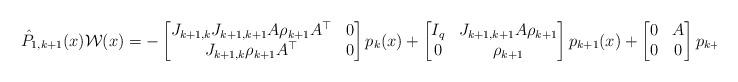
LaTeX: \begin{align*}\hat{P}_{1,k+1}(x)\mathcal W(x)&=-\begin{bmatrix}J_{k+1,k}J_{k+1,k+1}A \rho_{k+1} A^{\top} & 0 \\J_{k+1,k}\rho_{k+1} A^{\top} & 0\end{bmatrix} p_{k}(x)+\begin{bmatrix}I_{q} & J_{k+1,k+1}A\rho_{k+1} \\0 & \rho_{k+1}\end{bmatrix}p_{k+1}(x)+\begin{bmatrix}0 & A \\0 & 0\end{bmatrix}p_{k+2}(x),\end{align*}